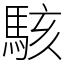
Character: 駭